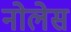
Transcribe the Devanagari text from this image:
नोलेस